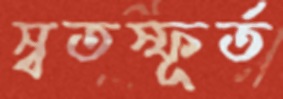
স্বতস্ফূর্ত